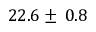
2 2 . 6 \pm \: 0 . 8